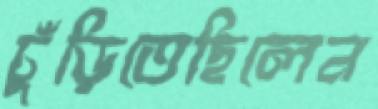
ঢুঁড়িতেছিলেন